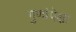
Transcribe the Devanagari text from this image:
गुणांपेक्षा